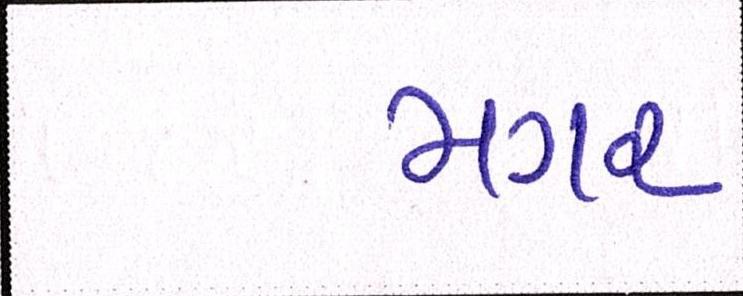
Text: મગર